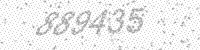
Solution: 889435